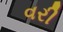
વરી